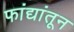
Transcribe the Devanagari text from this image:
फांद्यांतून